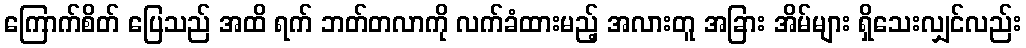
ကြောက်စိတ် ပြေသည် အထိ ရက် ဘတ်တလာကို လက်ခံထားမည့် အလားတူ အခြား အိမ်များ ရှိသေးလျှင်လည်း